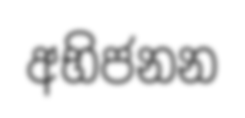
අභිජනන